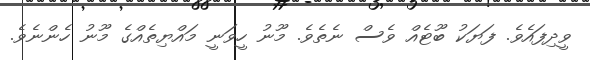
ވީދިފައެވެ. ފަޔަކު ބޫޓެއް ވެސް ނެތެވެ. މޫނު ހީވަނީ މައްޔިތެއްގެ މޫނު ހެންނެވެ.